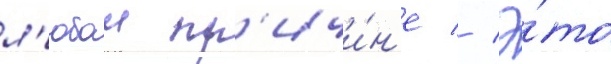
л'юбои пр'ичи́н'е // Э́то